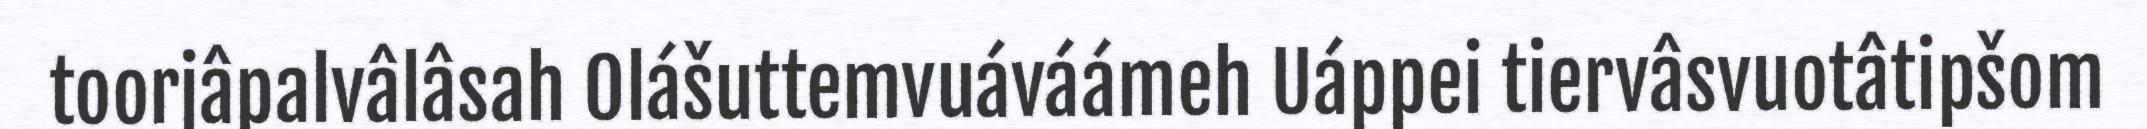
toorjâpalvâlâsah Olášuttemvuáváámeh Uáppei tiervâsvuotâtipšom